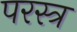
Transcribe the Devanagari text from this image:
परस्त्र